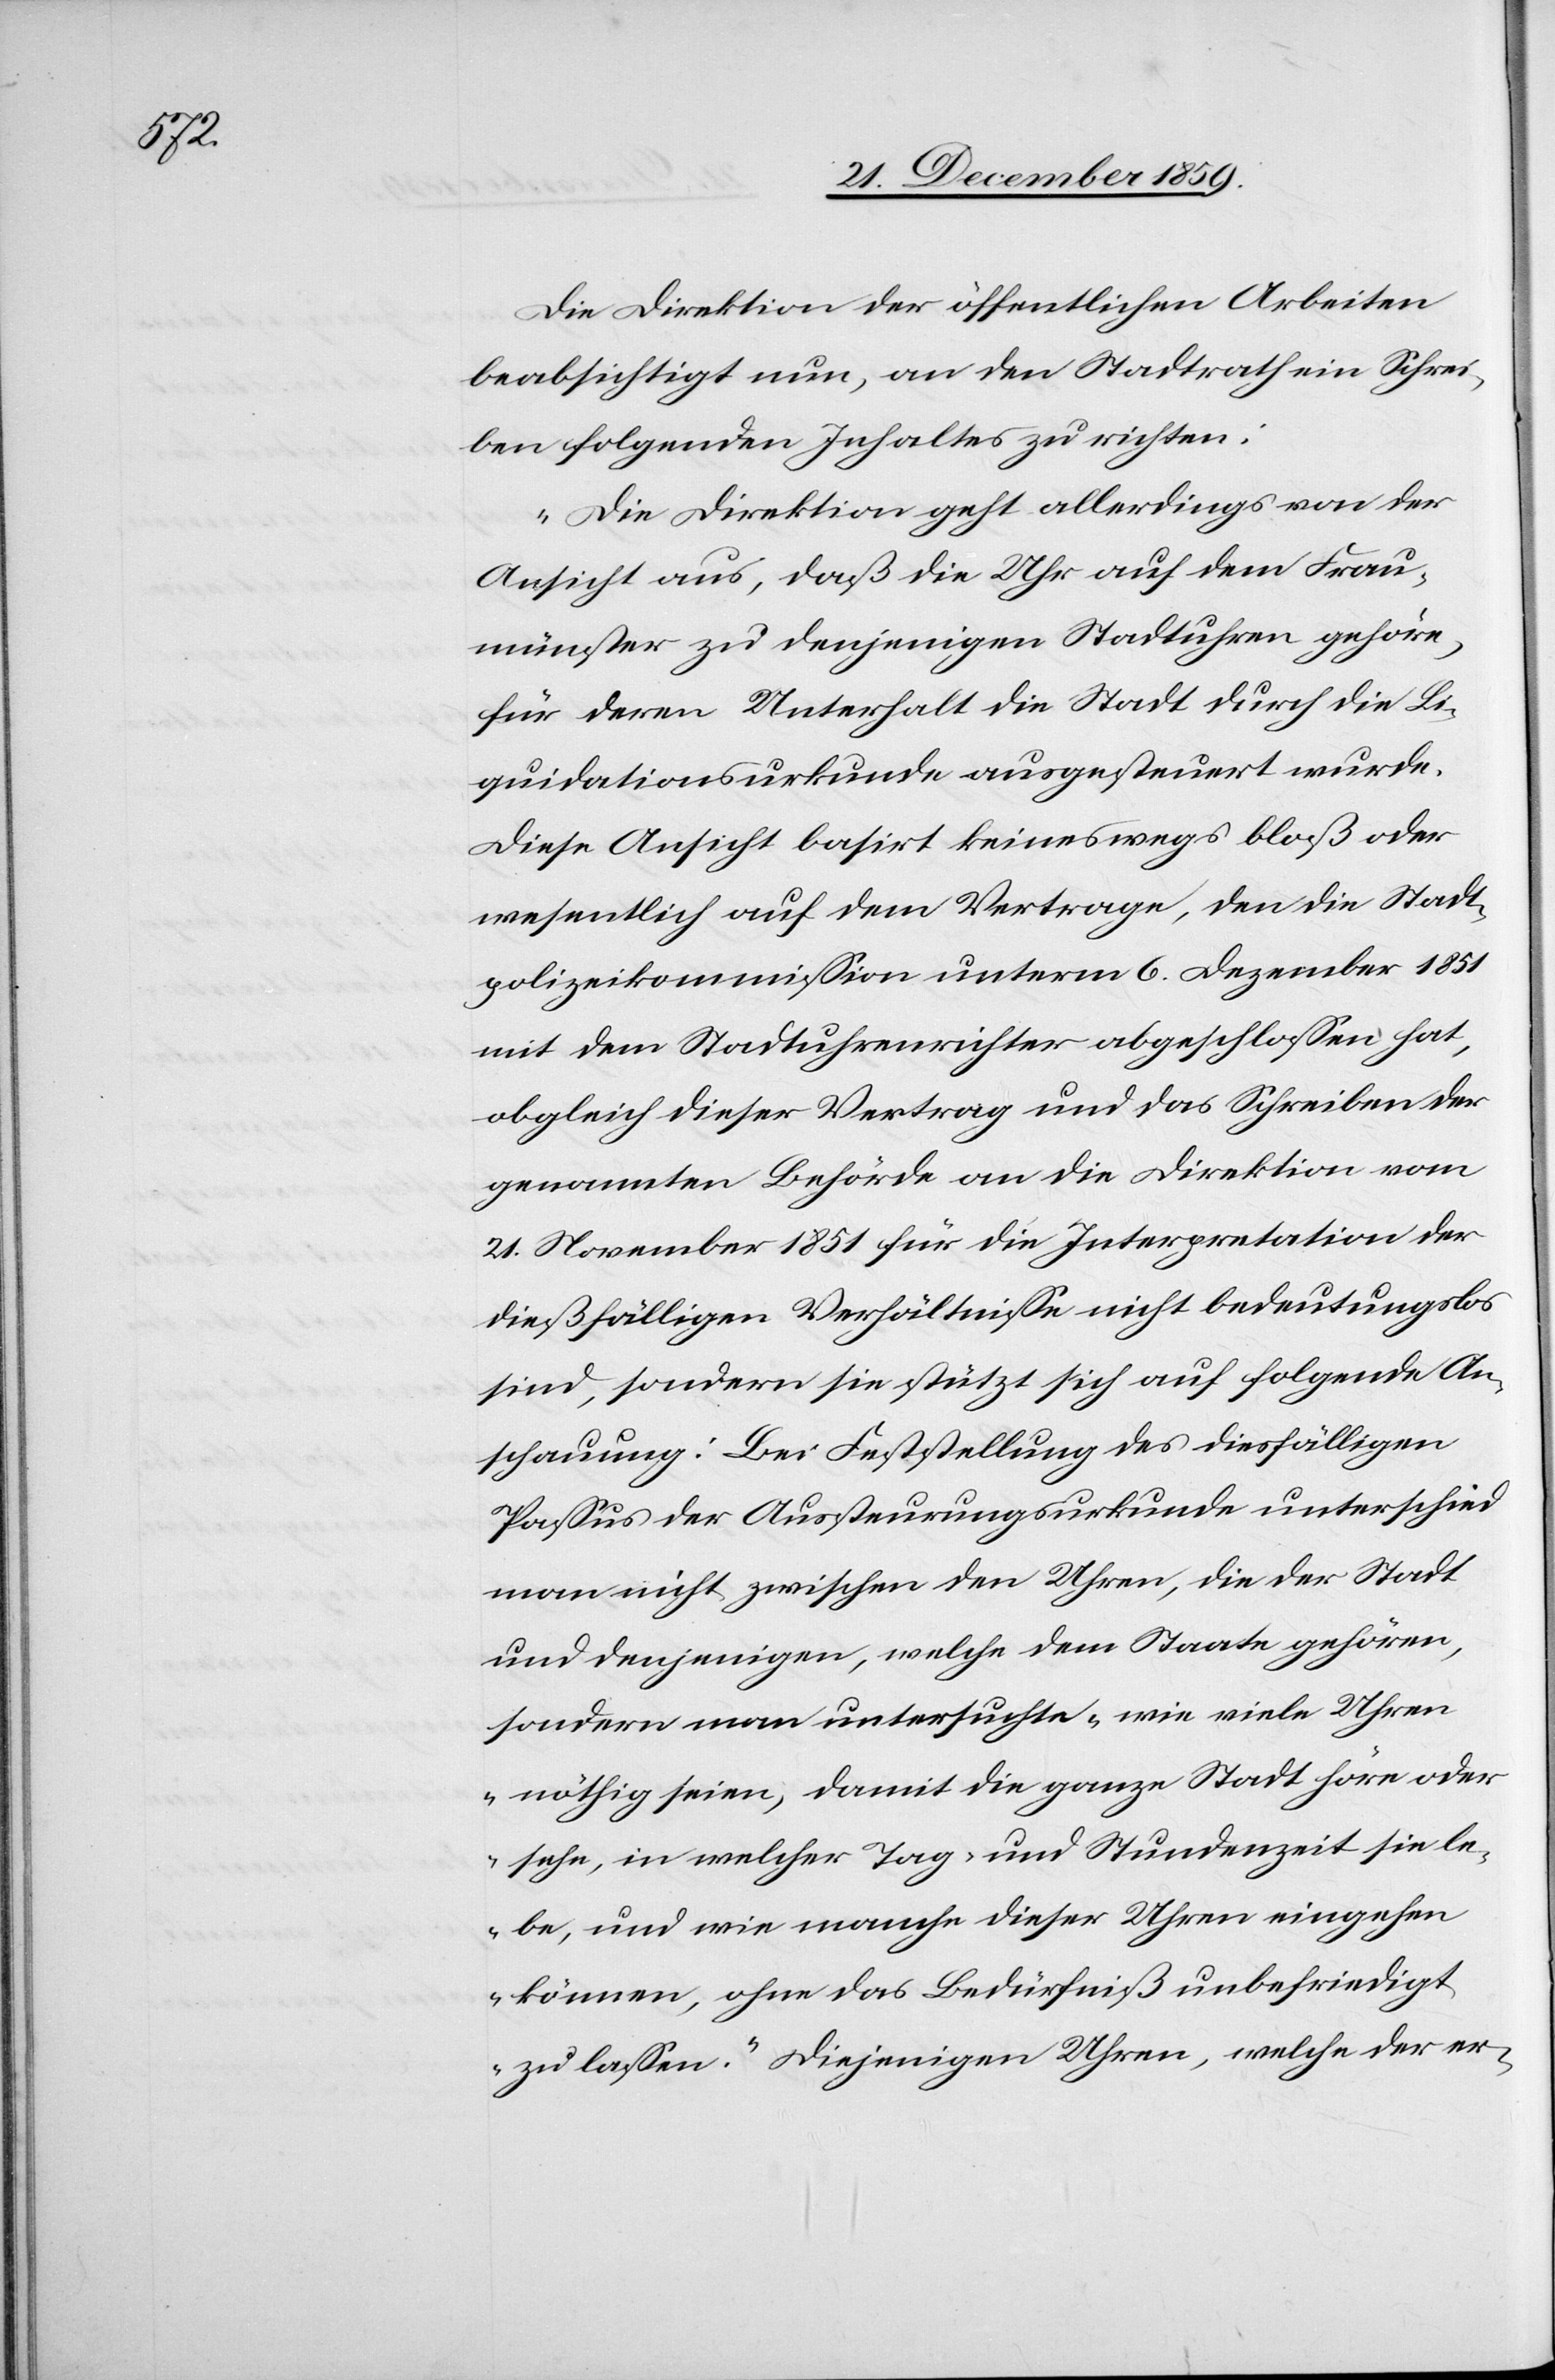
Die Direktion der öffentlichen Arbeiten
beabsichtigt nun, an den Stadtrath ein Schrei¬
ben folgenden Inhaltes zu richten:
„Die Direktion geht allerdings von der
Ansicht aus, daß die Uhr auf dem Frau¬
münster zu denjenigen Stadtuhren gehöre,
für deren Unterhalt die Stadt durch die Li¬
quidationsurkunde ausgesteuert wurde.
Diese Ansicht basirt keineswegs bloß oder
wesentlich auf dem Vertrage, den die Stadt¬
polizeikommission unterm 6. Dezember 1851
mit dem Stadtuhrenrichter abgeschlossen hat,
obgleich dieser Vertrag und das Schreiben der
genannten Behörde an die Direktion vom
21. November 1851 für die Interpretation der
dießfälligen Verhältnisse nicht bedeutungslos
sind, sondern sie stützt sich auf folgende An¬
schauung: Bei Feststellung des diesfälligen
Passus der Aussteurungsurkunde unterschied
man nicht zwischen den Uhren, die der Stadt
und denjenigen, welche dem Staate gehören,
sondern man untersuchte „wie viele Uhren
nöthig seien, damit die ganze Stadt höre oder
sehe, in welcher Tag- und Stundenzeit sie le¬
be, und wie manche dieser Uhren eingehen
können, ohne das Bedürfniß unbefriedigt
zu lassen.“ Diejenigen Uhren, welche der er-